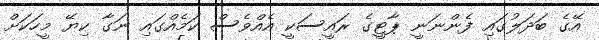
އޭގެ ބަދަލުގައި ފެންނަނީ ޕާޓީގެ ރައީސަކީ އެއްވެސް ކަމެއްގައި ނަގާ ކިޔޭ މީހަކަށް